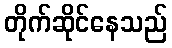
တိုက်ဆိုင်နေသည်